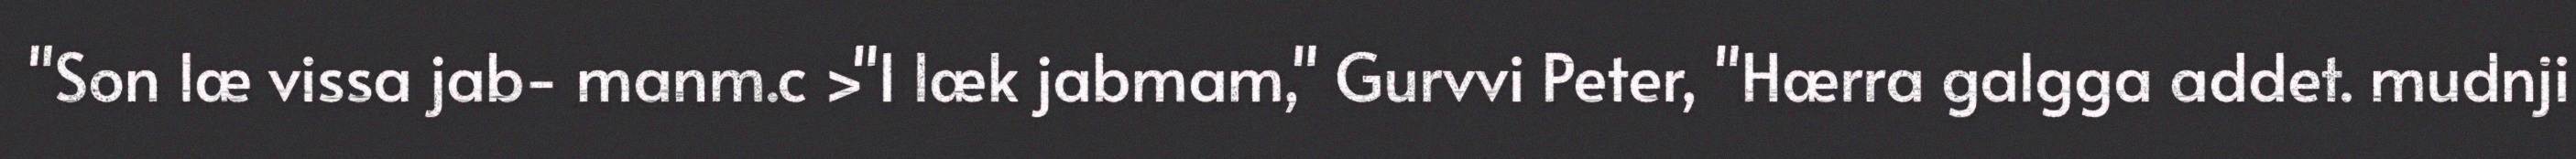
"Son læ vissa jab- manm.c >"I læk jabmam," Gurvvi Peter, "Hærra galgga addet. mudnji